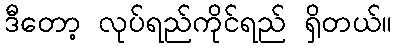
ဒီတော့ လုပ်ရည်ကိုင်ရည် ရှိတယ်။